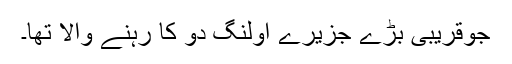
جوقریبی بڑے جزیرے اولنگ دو کا رہنے والا تھا۔